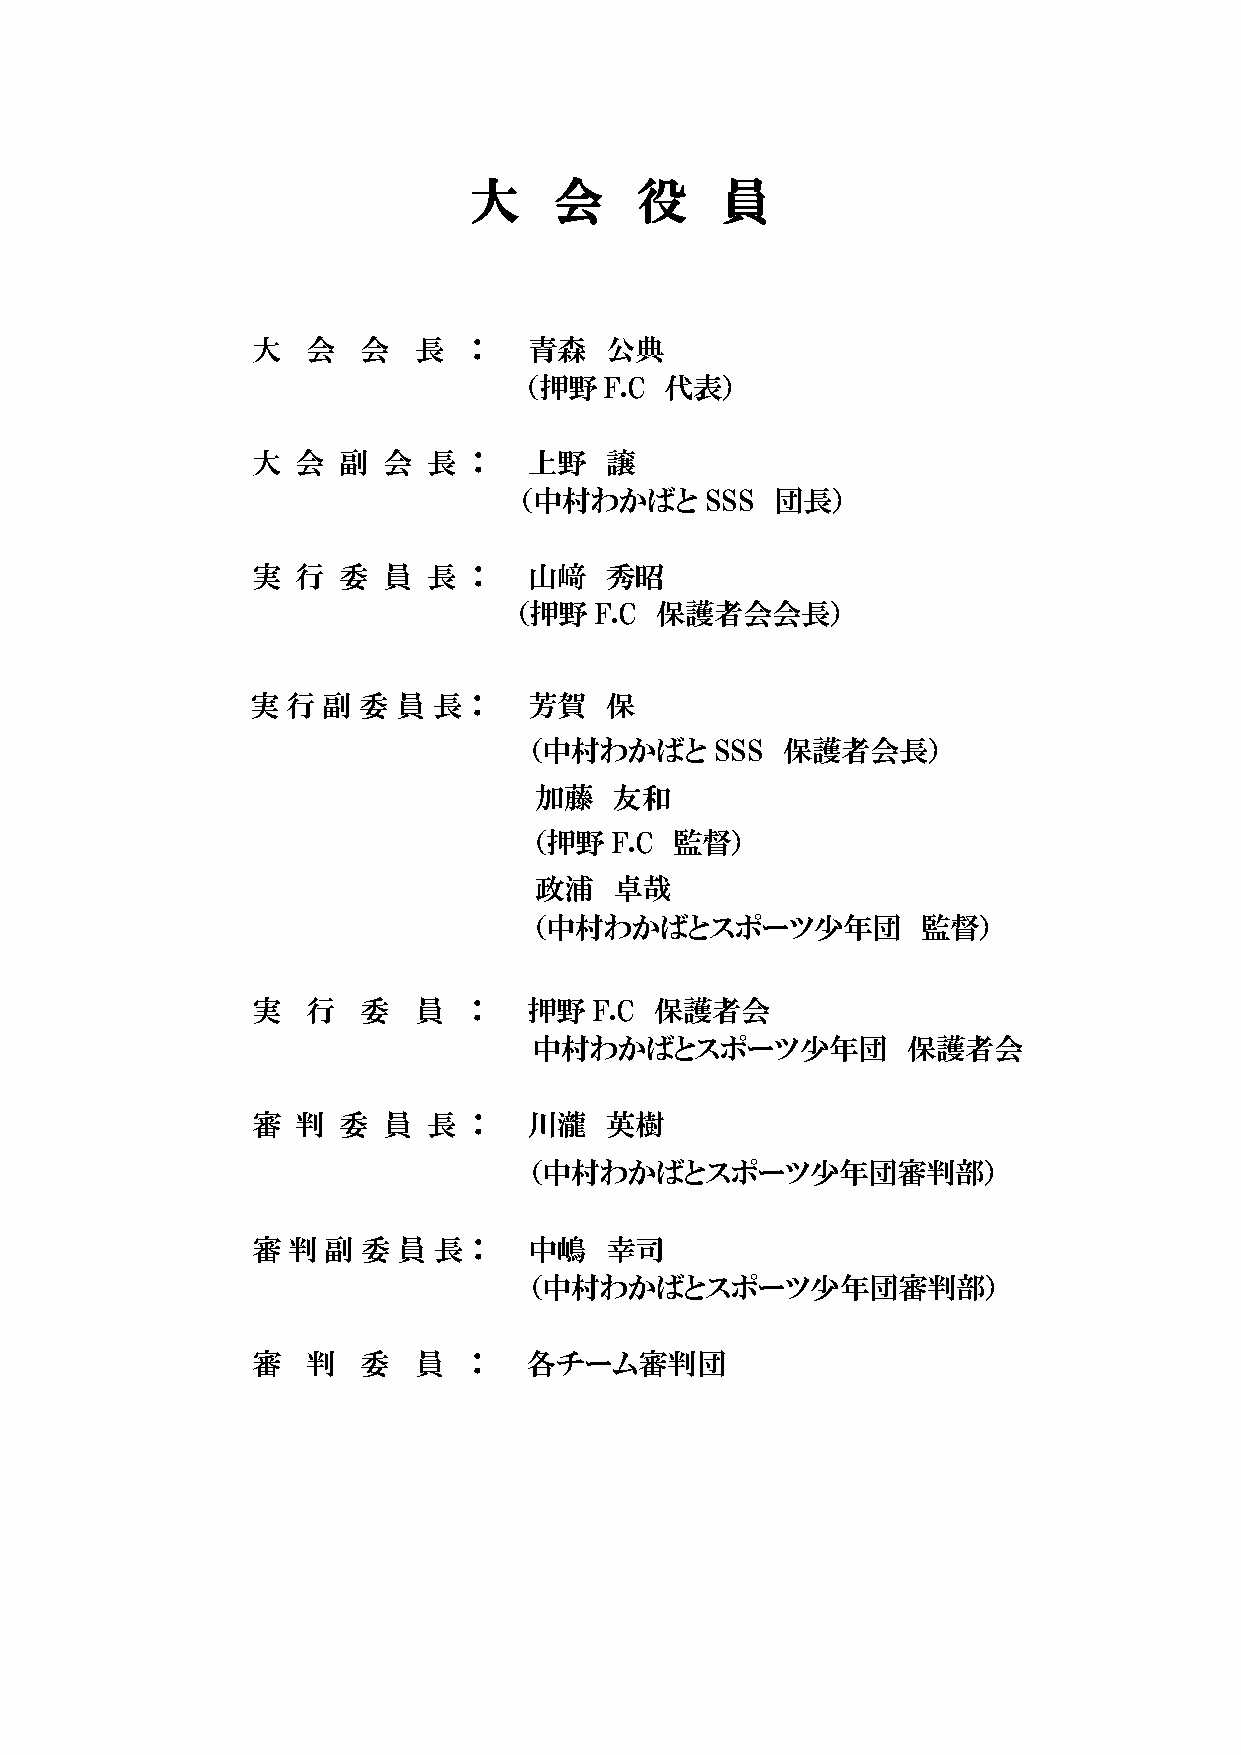
大     会    役     員
 大  会   会   長  ：   青森   公典
 （押野  F.C 代表）
 大  会 副  会  長  ：   上野   譲
 （中村わかばと      SSS 団長）
 実  行 委  員  長  ：   山﨑   秀昭
 （押野  F.C 保護者会会長）
 実 行 副  委 員  長 ：   芳賀   保
 （中村わかばと     SSS  保護者会長）
 加藤    友和
 （押野   F.C 監督）
 政浦    卓哉
 （中村わかばとスポーツ少年団            監督）
 実  行   委   員  ：   押野  F.C 保護者会
 中村わかばとスポーツ少年団            保護者会
 審  判 委  員  長  ：   川瀧   英樹
 （中村わかばとスポーツ少年団審判部）
 審 判  副 委 員  長 ：   中嶋   幸司
 （中村わかばとスポーツ少年団審判部）
 審  判   委   員  ：   各チーム審判団